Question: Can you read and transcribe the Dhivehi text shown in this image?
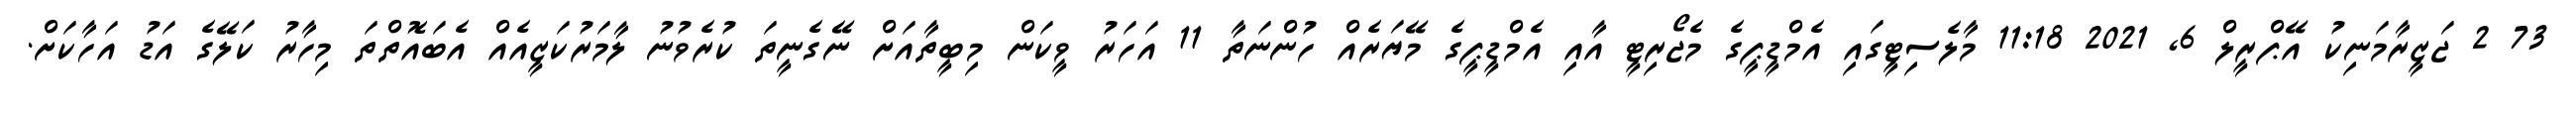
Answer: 73 2 ޖަޒީރާމަނިކު އޭޕްރީލް 6, 2021 11:18 މާލެސިޓީގައި އެމްޑީޕީގެ މެޖޯރިޓީ އާއި އެމްޑީޕީގެ މޭޔަރެއް ހުންނަތާ 11 އަހަރު ވީކަން މިބީތާއަށް ނޭގެނީތަ ކުރެވުނު ލާމަރުކަޒީއެއް އެބައޮތްތަ މިހާރު ކަލޭގެ އަޑު އަހާކަށް.